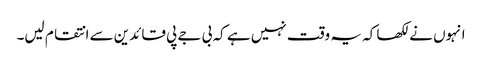
انہوں نے لکھا کہ یہ وقت نہیں ہے کہ بی جے پی قائدین سے انتقام لیں۔